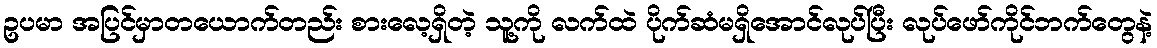
ဥပမာ အပြင်မှာတယောက်တည်း စားလေ့ရှိတဲ့ သူ့ကို လက်ထဲ ပိုက်ဆံမရှိအောင်လုပ်ပြီး လုပ်ဖော်ကိုင်ဘက်တွေနဲ့